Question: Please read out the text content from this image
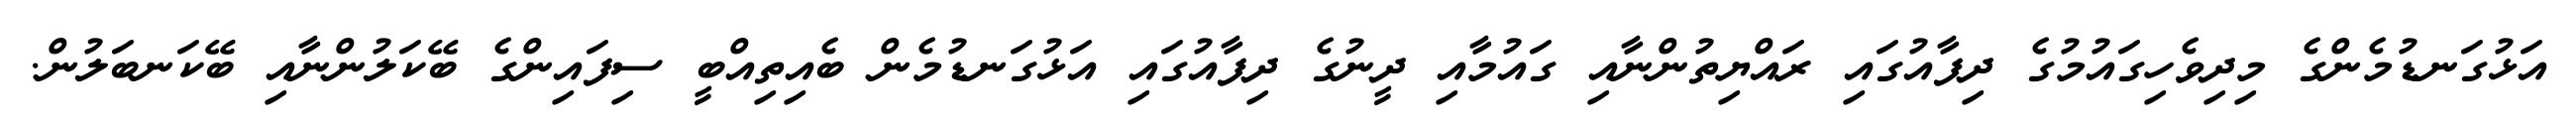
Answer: އަޅުގަނޑުމެންގެ މިދިވެހިގައުމުގެ ދިފާއުގައި ރައްޔިތުންނާއި ގައުމާއި ދީނުގެ ދިފާއުގައި އަޅުގަނޑުމެން ބެއިތިއްބީ ސިފައިންގެ ބޭކަލުންނާއި ބޭކަނބަލުން.